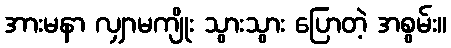
အားမနာ လျှာမကျိုး သွားသွား ပြောတဲ့ အစွမ်း။